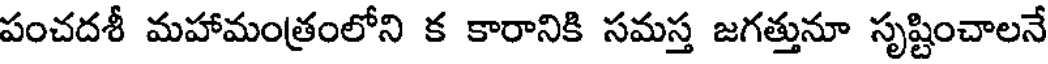
పంచదశీ మహామంత్రంలోని క కారానికి సమస్త జగత్తునూ సృష్టించాలనే